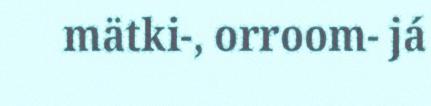
mätki-, orroom- já